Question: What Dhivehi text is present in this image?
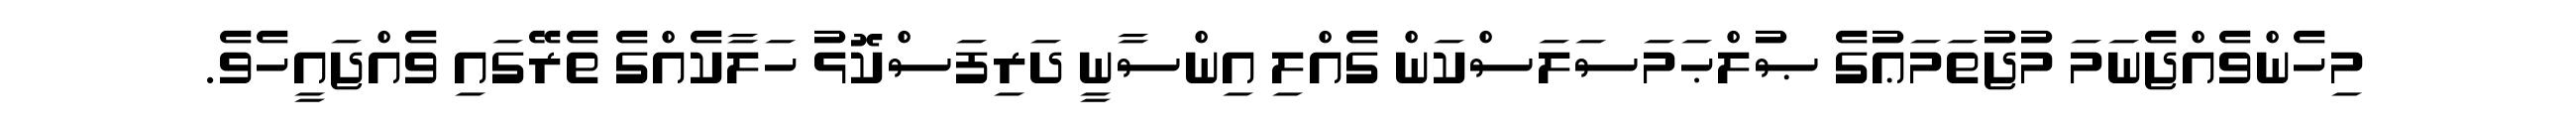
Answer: މިހެންވެއްޖެނަމަ މުޖުތަމަޢުގެ ޞުލްޙަމަސަލަސްކަން ގެއްލި އިންސާނީ ދަރިފަސްކޮޅު ހަލާކެއްގެ ތެރޭގައި ވެއްޖައީހެވެ.